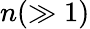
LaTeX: n(\gg 1)